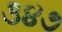
૩૪૭